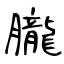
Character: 朧